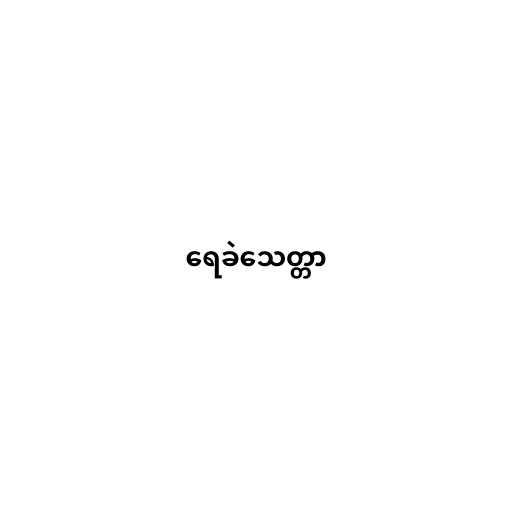
ရေခဲသေတ္တာ